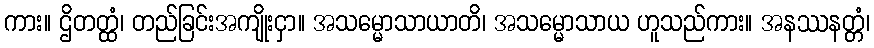
ကား။ ဌိတတ္ထံ၊ တည်ခြင်းအကျိုးငှာ။ အသမ္မောသာယာတိ၊ အသမ္မောသာယ ဟူသည်ကား။ အနဿနတ္တံ၊